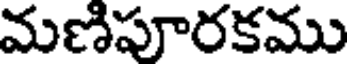
మణిపూరకము